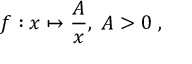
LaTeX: f : x \mapsto { \frac { A } { x } } , \; A > 0 \; ,